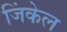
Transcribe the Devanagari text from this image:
जिंकेल